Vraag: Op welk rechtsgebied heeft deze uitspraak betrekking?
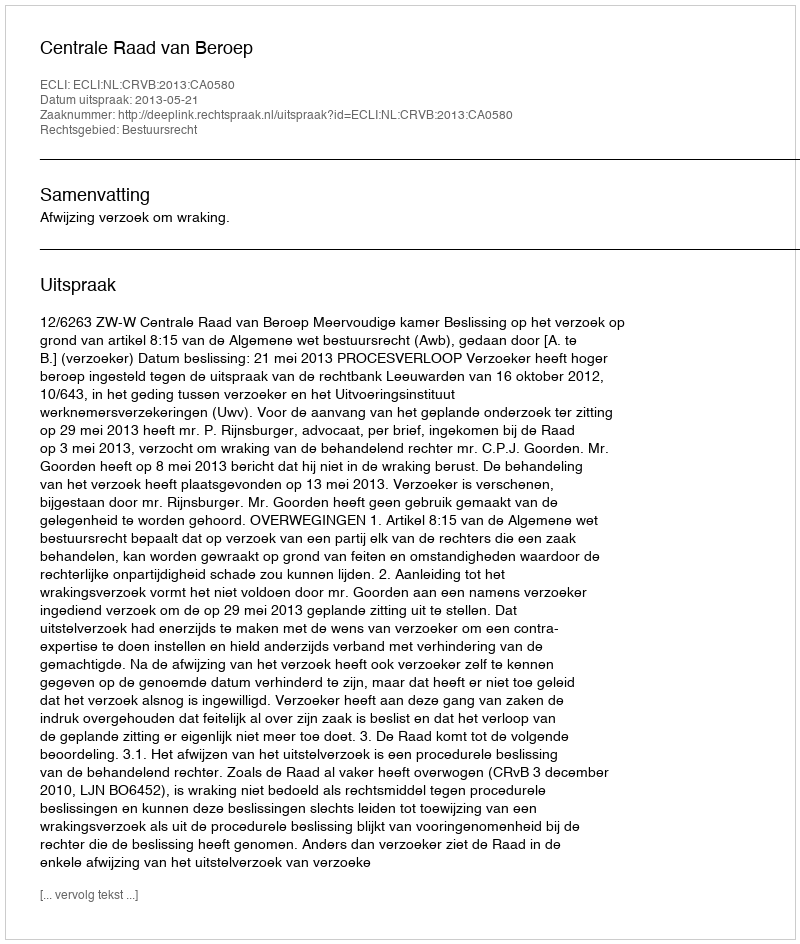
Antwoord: Bestuursrecht